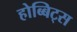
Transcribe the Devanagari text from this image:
होब्बिट्स